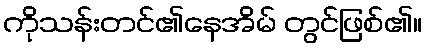
ကိုသန်းတင်၏နေအိမ် တွင်ဖြစ်၏။